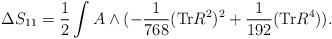
LaTeX: \begin{align*}\Delta S_{11} = \frac{1}{2} \int A \wedge ( - \frac{1}{768} ({\rm Tr} R^2)^2 + \frac{1}{192} ({\rm Tr} R^4)).\end{align*}